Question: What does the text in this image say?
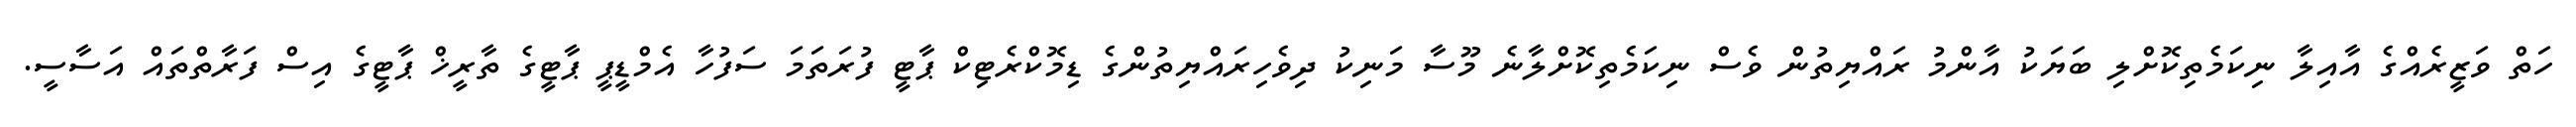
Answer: ހަތް ވަޒީރެއްގެ އާއިލާ ނިކަމެތިކޮށްލި ބަޔަކު އާންމު ރައްޔިތުން ވެސް ނިކަމެތިކޮށްލާނެ މޫސާ މަނިކު ދިވެހިރައްޔިތުންގެ ޑިމޮކްރެޓިކް ޕާޓީ ފުރަތަމަ ސަފުހާ އެމްޑީޕީ ޕާޓީގެ ތާރީޚް ޕާޓީގެ އިސް ފަރާތްތައް އަސާސީ.